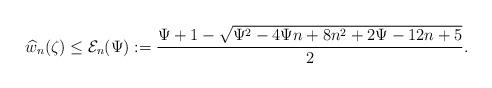
LaTeX: \begin{align*} \widehat{w}_{n}(\zeta)\leq \mathcal{E}_{n}(\Psi):=\frac{\Psi+1-\sqrt{\Psi^{2}-4\Psi n+8n^{2}+2\Psi-12n+5}}{2}.\end{align*}